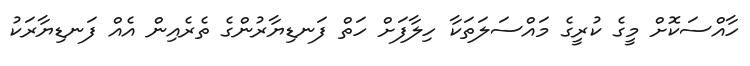
ހާއްސަކޮށް މީގެ ކުރީގެ މައްސަލަތަކާ ހިލާފަށް ހަތް ފަނޑިޔާރުންގެ ތެރެއިން އެއް ފަނޑިޔާރަކު